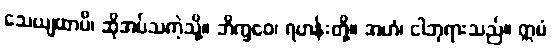
သေယျထာပိ၊ ဆိုအပ်သကဲ့သို့။ ဘိက္ခဝေ၊ ရဟန်းတို့။ အဟံ၊ ငါဘုရားသည်။ ဣမံ